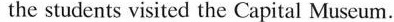
the students visited the Capital Museum.